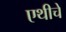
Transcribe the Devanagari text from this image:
एथीचे